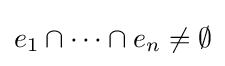
e_{1}\cap \cdots \cap e_{n}\neq \emptyset